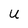
Character: U